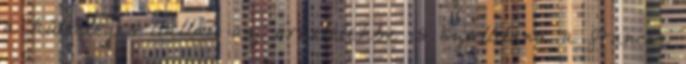
a különleges itallal, az űrhotelekbe is szállítana a francia